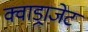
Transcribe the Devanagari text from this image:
क्वाड्राजेट